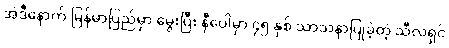
အဲဒီနောက် မြန်မာပြည်မှာ မွေးပြီး နီပေါမှာ ၄၅ နှစ် သာသနာပြုခဲ့တဲ့ သီလရှင်